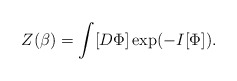
\begin{align*}Z(\beta)=\int [D\Phi] \exp (-I [\Phi ]) .\end{align*}